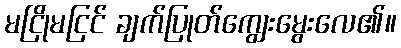
မငြိုမငြင် ချက်ပြုတ်ကျွေးမွေးလေ၏။